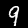
Label: 9